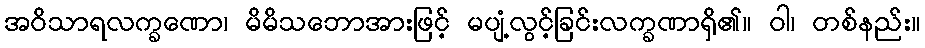
အဝိသာရလက္ခဏော၊ မိမိသဘောအားဖြင့် မပျံ့လွင့်ခြင်းလက္ခဏာရှိ၏။ ဝါ၊ တစ်နည်း။